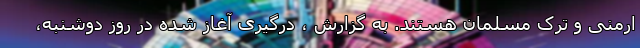
ارمنی و ترک مسلمان هستند. به گزارش ، درگیری آغاز شده در روز دوشنبه،